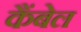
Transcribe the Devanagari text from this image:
कैंबेल